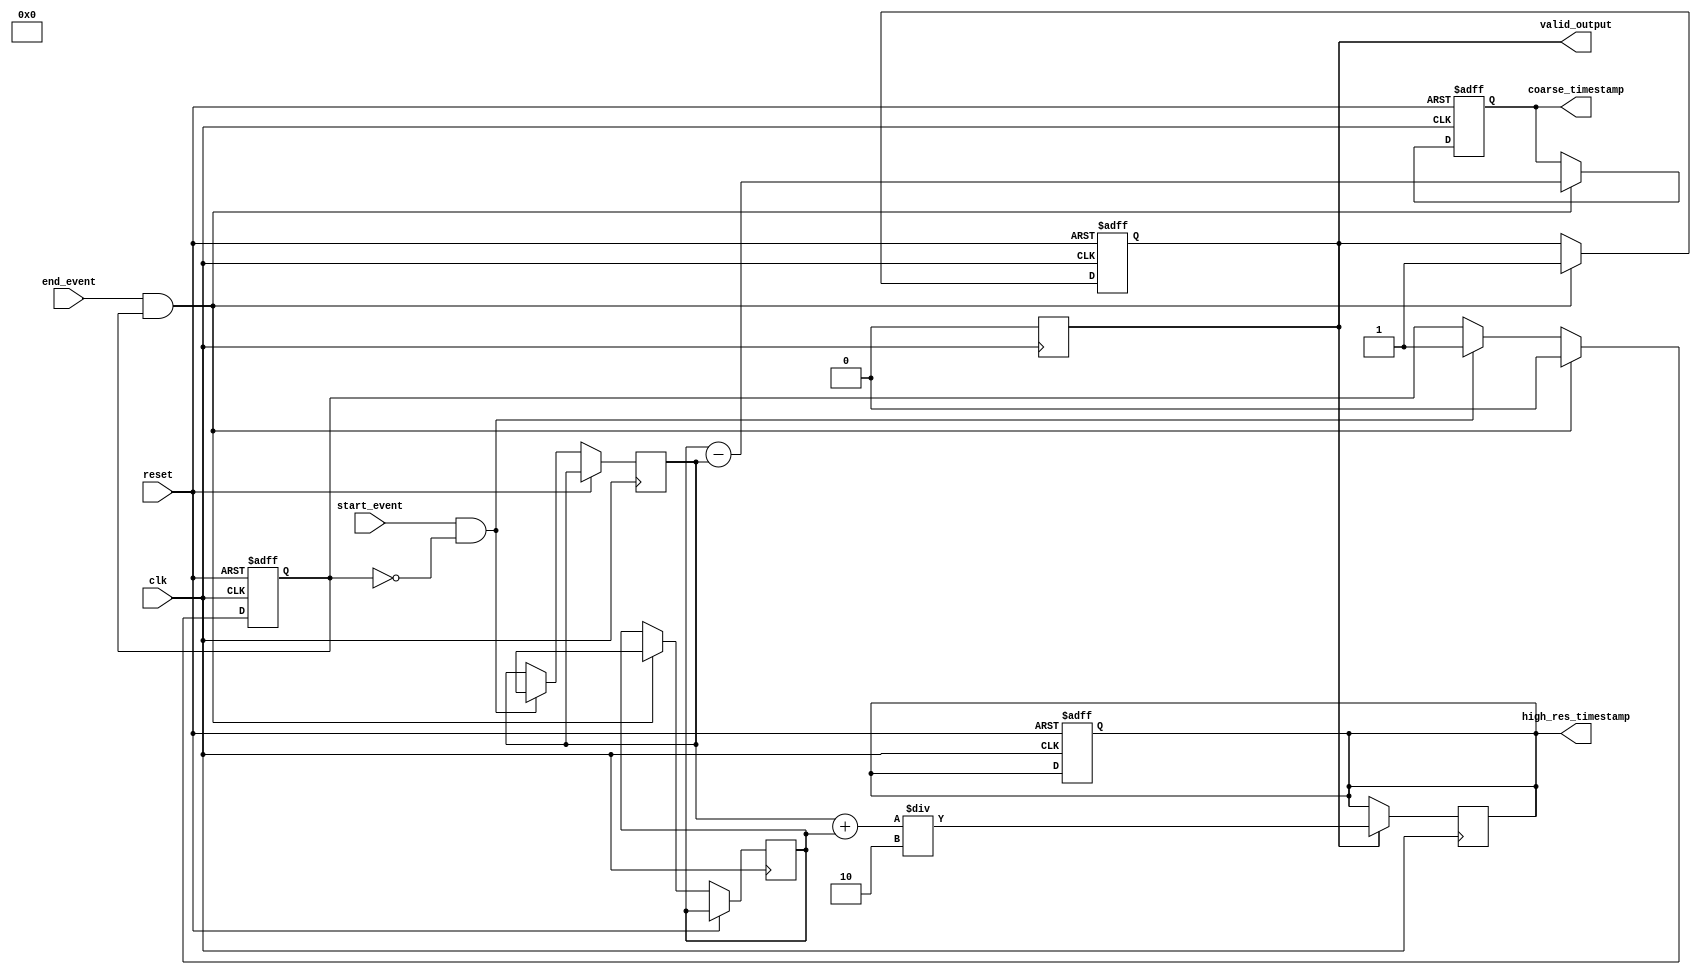
module MemoryBlocksResolutionImprovementTDC (
    input wire clk,
    input wire reset,
    input wire start_event,
    input wire end_event,
    output reg [31:0] coarse_timestamp,
    output reg [31:0] high_res_timestamp,
    output reg valid_output
);

    // Parameters
    parameter MEM_SIZE = 16; // Number of memory blocks
    parameter INTERPOLATION_STAGES = 4; // Number of interpolation stages

    // Memory blocks for storing intermediate timestamps
    reg [31:0] memory_blocks [0:MEM_SIZE-1];
    reg [31:0] start_time;
    reg [31:0] end_time;
    reg [3:0] mem_index;
    reg capturing;

    // Control logic
    always @(posedge clk or posedge reset) begin
        if (reset) begin
            coarse_timestamp <= 32'b0;
            high_res_timestamp <= 32'b0;
            valid_output <= 1'b0;
            mem_index <= 4'b0;
            capturing <= 1'b0;
        end else begin
            if (start_event && !capturing) begin
                start_time <= $time; // Capture start time
                capturing <= 1'b1;
            end
            
            if (end_event && capturing) begin
                end_time <= $time; // Capture end time
                coarse_timestamp <= end_time - start_time; // Coarse timestamp
                capturing <= 1'b0;
                mem_index <= 4'b0; // Reset memory index
                valid_output <= 1'b1; // Indicate valid output
            end
            
            // Store intermediate timestamps in memory blocks
            if (capturing) begin
                memory_blocks[mem_index] <= $time; // Store current time in memory
                if (mem_index < MEM_SIZE - 1) begin
                    mem_index <= mem_index + 1;
                end
            end
        end
    end

    // Interpolation logic
    always @(posedge clk) begin
        if (valid_output) begin
            // Simple linear interpolation example
            // Here we assume we have some logic to calculate high_res_timestamp
            // based on the values stored in memory_blocks.
            // For simplicity, we just average the start and end time for demonstration.
            high_res_timestamp <= (start_time + end_time) / 2;
            valid_output <= 1'b0; // Reset valid output after processing
        end
    end

endmodule